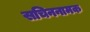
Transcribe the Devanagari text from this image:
सचिननामक